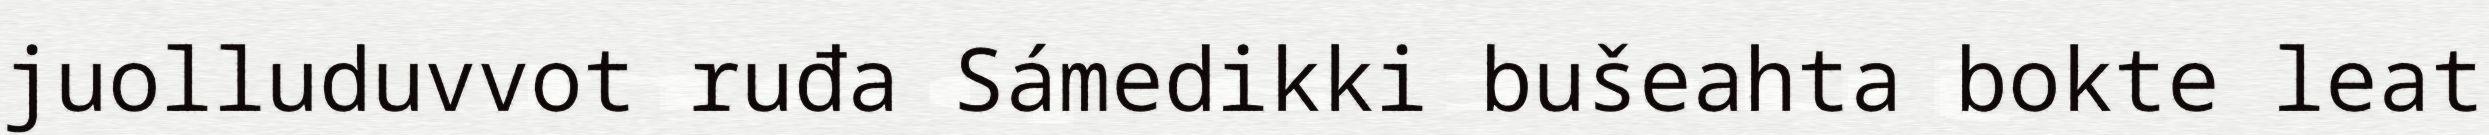
juolluduvvot ruđa Sámedikki bušeahta bokte leat